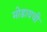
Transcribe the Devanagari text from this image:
मोडायची